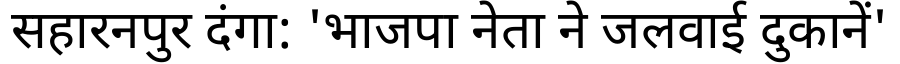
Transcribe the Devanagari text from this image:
सहारनपुर दंगा: 'भाजपा नेता ने जलवाई दुकानें'